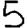
Digit: 5